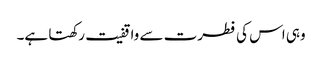
وہی اس کی فطرت سے واقفیت رکھتا ہے۔